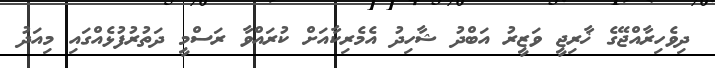
ދިވެހިރާއްޖޭގެ ޚާރިޖީ ވަޒީރު އަބްދު ޝާހިދު އެމެރިކާއަށް ކުރައްވާ ރަސްމީ ދަތުރުފުޅެއްގައި މިއަދު